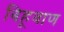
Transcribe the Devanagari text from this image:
बिहूवाण